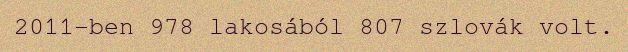
2011-ben 978 lakosából 807 szlovák volt.